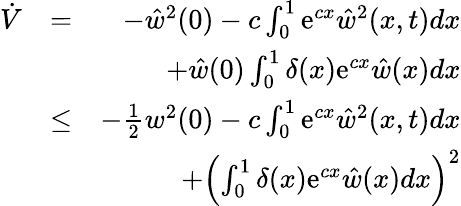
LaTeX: \begin{array}{rlr}{\dot{V}}&{=}&{-\hat{w}^{2}(0)-c\int_{0}^{1}\mathrm{e}^{cx}\hat{w}^{2}(x,t)dx}\\ &{}&{+\hat{w}(0)\int_{0}^{1}\delta(x)\mathrm{e}^{cx}\hat{w}(x)dx}\\ &{\leq}&{-{\frac{1}{2}}w^{2}(0)-c\int_{0}^{1}\mathrm{e}^{cx}\hat{w}^{2}(x,t)dx}\\ &{}&{+\left(\int_{0}^{1}\delta(x)\mathrm{e}^{cx}\hat{w}(x)dx\right)^{2}}\end{array}